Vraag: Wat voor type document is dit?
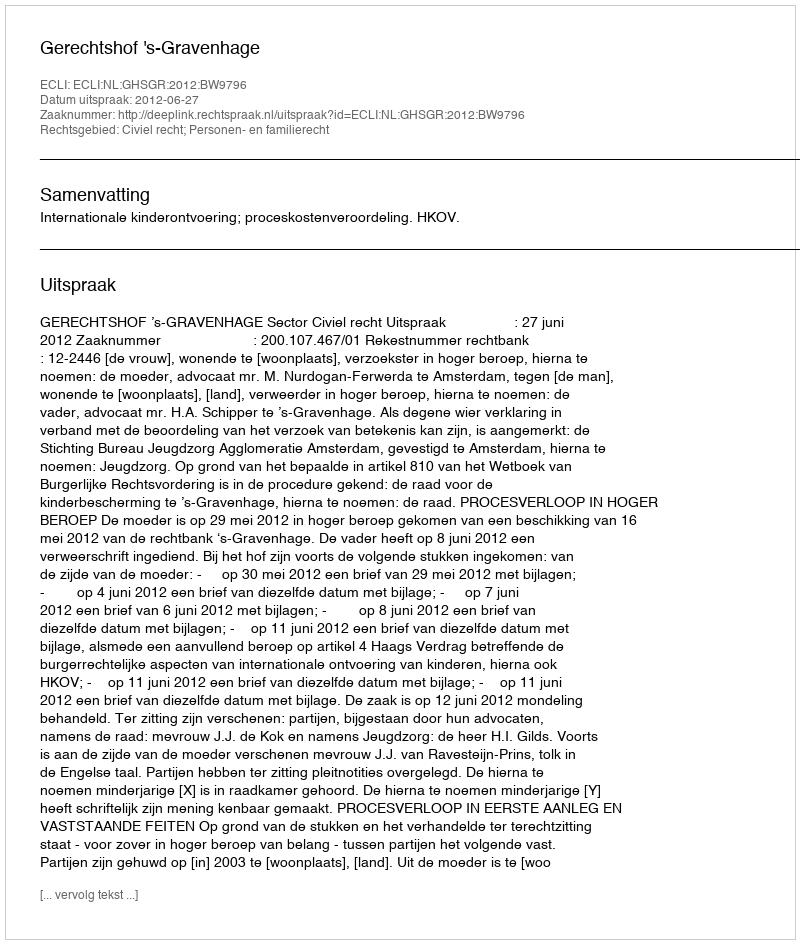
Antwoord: Uitspraak